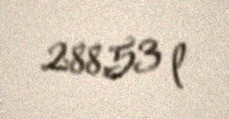
288,53 l